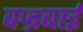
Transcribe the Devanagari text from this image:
वज्रबाई